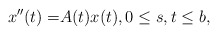
\begin{align*}x''(t)=&A(t)x(t), 0\le s, t \le b,\end{align*}